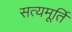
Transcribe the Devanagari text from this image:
सत्यमूर्ति